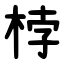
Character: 桲